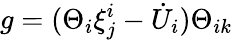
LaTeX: g=(\Theta_{i}\xi_{j}^{i}-{\dot{U}}_{i})\Theta_{ik}